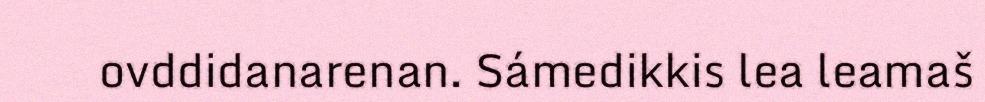
ovddidanarenan. Sámedikkis lea leamaš